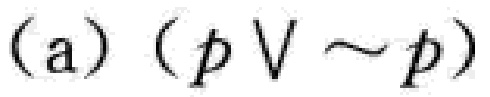
(a) $(p\vee\sim p)$